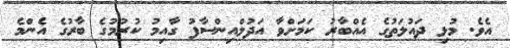
އެވެ. މުޅި ދައުލަތުގެ އެއްބާރު ކަމަށްވާ އަދުލްއިންސާފު ގާއިމު ކުރުމުގެ ބާރުގެ އެންމެ